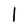
Character: l